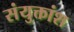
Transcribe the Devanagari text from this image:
संयुक्तांश